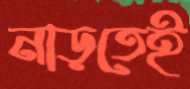
নাড়তেই